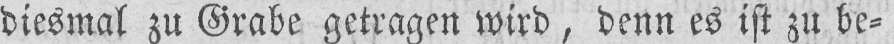
diesmal zu Grabe getragen wird, denn es ist zu be⸗